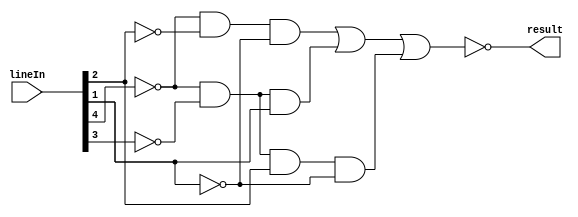
module Comparator(lineIn, result);

	// Define inputs and outputs
	input [4:0] lineIn;
	output result;
	
	// Simplify this to wires
	wire A = lineIn[4];
	wire B = lineIn[3];
	wire C = lineIn[2];
	wire D = lineIn[1];
	wire E = lineIn[0];
	
	// Assign result
	assign result = ~((~A & ~C & ~D) | (~A & ~B & D) | (~A & ~B & C & ~D));

endmodule